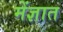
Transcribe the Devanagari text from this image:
मेंज्ञात